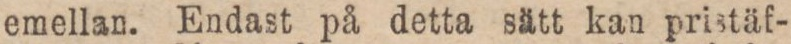
emellan. Endast på detta sätt kan pristäf-